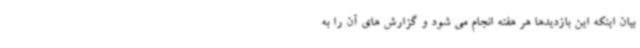
بیان اینکه این بازدیدها هر هفته انجام می شود و گزارش های آن را به